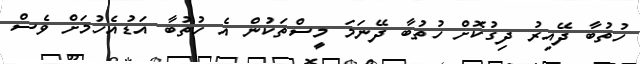
ހުތުބާ ދޭއިރު ދިގުކޮށް ހުތުބާ ދޭނަމަ މީސްތަކުން އެ ހުތުބާ އަޑުއެހުމަށް ވެސް